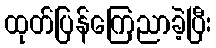
ထုတ်ပြန်ကြေညာခဲ့ပြီး